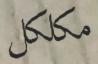
مكلكل